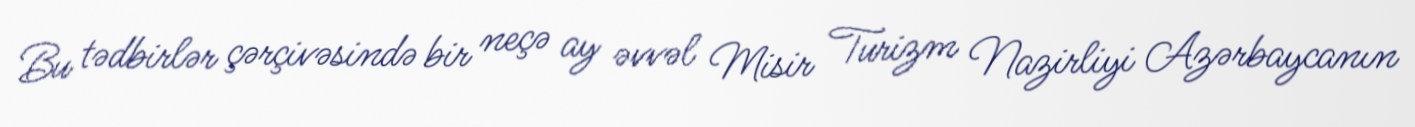
Bu tədbirlər çərçivəsində bir neçə ay əvvəl Misir Turizm Nazirliyi Azərbaycanın